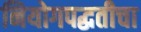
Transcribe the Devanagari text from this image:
नियोगपद्धतीचा